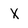
Character: x